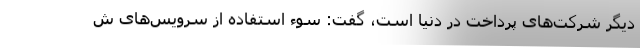
دیگر شرکت‌های پرداخت در دنیا است، گفت: سوء استفاده از سرویس‌های ش